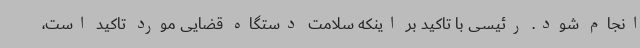
انجام شود. رئیسی با تاکید بر اینکه سلامت دستگاه قضایی مورد تاکید است،